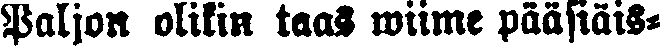
Paljon olikin taas wiime pääsiäis-